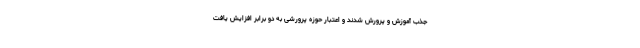
جذب آموزش و پرورش شدند و اعتبار حوزه پرورشی به دو برابر افزایش یافت